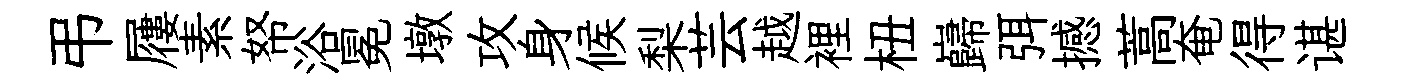
弔屨素帑浴冕墩攻身候梨芸越裡杻巋弭撼蒿奄得谌